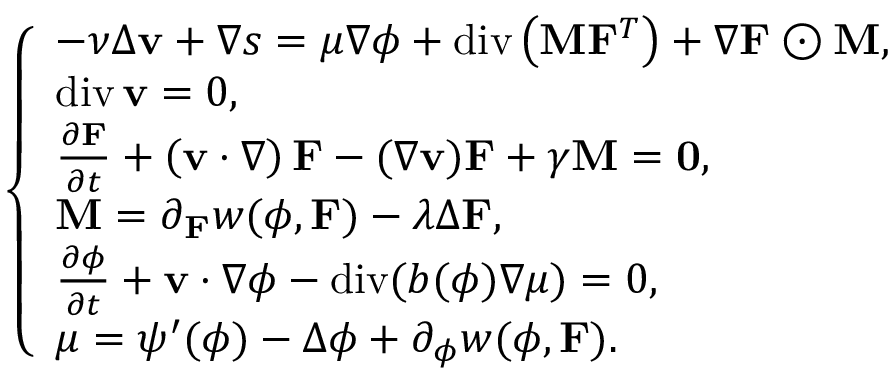
\left\{ \begin{array} { l l } { - \nu \Delta \mathbf { v } + \nabla s = \mu \nabla \phi + \ensuremath { \operatorname { d i v } } \left( \mathbf { M } \mathbf { F } ^ { T } \right) + \nabla \mathbf { F } \odot \mathbf { M } , } \\ { \ensuremath { \operatorname { d i v } } \mathbf { v } = 0 , } \\ { \frac { \partial \mathbf { F } } { \partial t } + \left( \mathbf { v } \cdot \nabla \right) \mathbf { F } - ( \nabla \mathbf { v } ) \mathbf { F } + \gamma \mathbf { M } = \mathbf { 0 } , } \\ { \mathbf { M } = \partial _ { \mathbf { F } } w ( \phi , \mathbf { F } ) - \lambda \Delta \mathbf { F } , } \\ { \frac { \partial \phi } { \partial t } + \mathbf { v } \cdot \nabla \phi - \ensuremath { \operatorname { d i v } } ( b ( \phi ) \nabla \mu ) = 0 , } \\ { \mu = \psi ^ { \prime } ( \phi ) - \Delta \phi + \partial _ { \phi } w ( \phi , \mathbf { F } ) . } \end{array} \right.